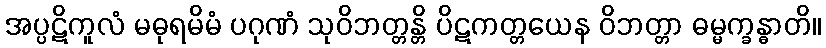
အပ္ပဋိကူလံ မဓုရမိမံ ပဂုဏံ သုဝိဘတ္တန္တိ ပိဋကတ္တယေန ဝိဘတ္တာ ဓမ္မက္ခန္ဓာတိ။